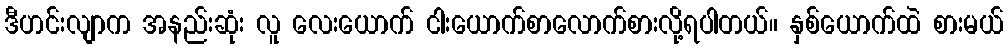
ဒီဟင်းလျာက အနည်းဆုံး လူ လေးယောက် ငါးယောက်စာလောက်စားလို့ရပါတယ်။ နှစ်ယောက်ထဲ စားမယ်